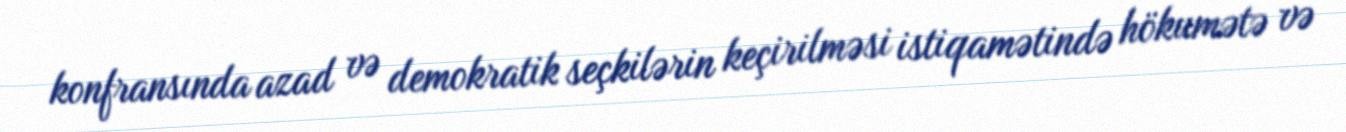
konfransında azad və demokratik seçkilərin keçirilməsi istiqamətində hökumətə və